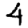
Digit: 4